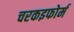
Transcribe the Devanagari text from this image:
चरकइफोर्म